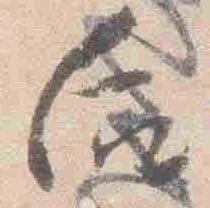
后